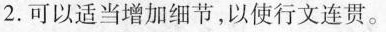
2.可以适当增加细节，以使行文连贯。